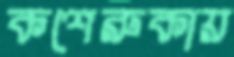
কশেরুকায়